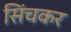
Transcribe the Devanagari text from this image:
सिंचकर